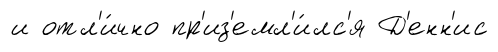
и отл'и́чно пр'из'емл'и́лс'я Д'енн'ис